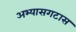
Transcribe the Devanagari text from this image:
अभ्यासगटास